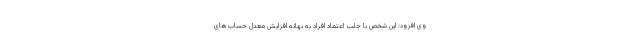
وی افزود: این شخص با جلب اعتماد افراد به بهانه افزایش معدل حساب‌های